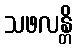
သဖလန္တိ